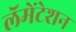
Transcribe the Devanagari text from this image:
लॅमेंटेशन